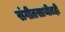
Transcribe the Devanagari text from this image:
संगीतसाथीतही